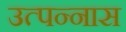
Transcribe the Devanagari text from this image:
उत्पन्नास